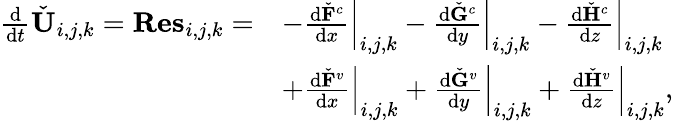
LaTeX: \begin{array}{r}{\begin{array}{rl}{\frac{\mathrm{d}}{\mathrm{d}t}\check{\mathbf{U}}_{i,j,k}=\mathbf{Res}_{i,j,k}=}&{-\left.\frac{\mathrm{d}\check{\mathbf{F}}^{c}}{\mathrm{d}x}\right|_{i,j,k}-\left.\frac{\mathrm{d}\check{\mathbf{G}}^{c}}{\mathrm{d}y}\right|_{i,j,k}-\left.\frac{\mathrm{d}\check{\mathbf{H}}^{c}}{\mathrm{d}z}\right|_{i,j,k}}\\ &{+\left.\frac{\mathrm{d}\check{\mathbf{F}}^{v}}{\mathrm{d}x}\right|_{i,j,k}+\left.\frac{\mathrm{d}\check{\mathbf{G}}^{v}}{\mathrm{d}y}\right|_{i,j,k}+\left.\frac{\mathrm{d}\check{\mathbf{H}}^{v}}{\mathrm{d}z}\right|_{i,j,k},}\end{array}}\end{array}